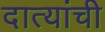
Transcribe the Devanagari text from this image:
दात्यांची